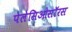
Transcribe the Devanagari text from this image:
पेलेसिओसॉरस